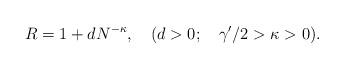
LaTeX: \begin{align*}R=1+dN^{-\kappa},\quad(d>0;\quad{\gamma'}/2>\kappa>0).\end{align*}